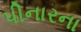
પીનારના